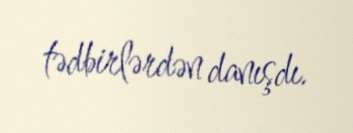
tədbirlərdən danışdı.